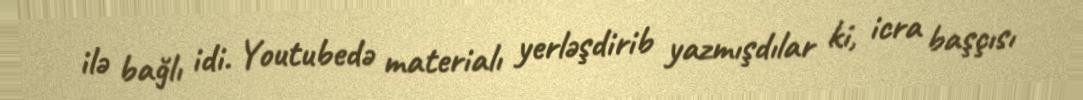
ilə bağlı idi. Youtubedə materialı yerləşdirib yazmışdılar ki, icra başçısı